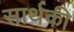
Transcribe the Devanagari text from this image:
सार्थकी